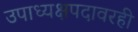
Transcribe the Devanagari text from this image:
उपाध्यक्षपदावरही